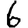
Digit: 6